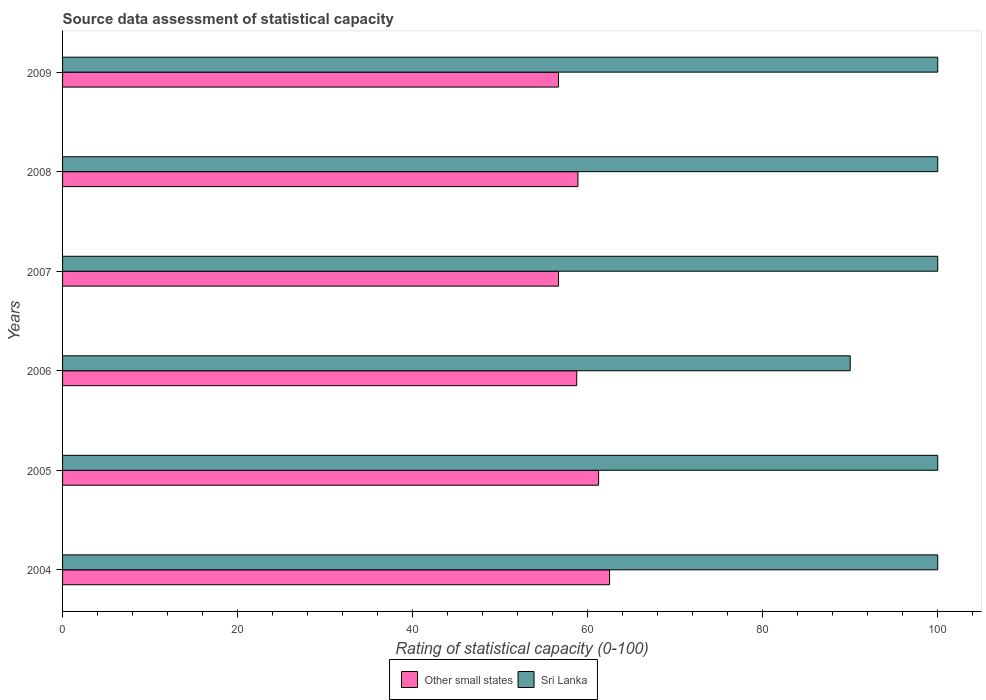
| Years | Other small states | Sri Lanka |
 | --- | --- | --- |
 | 2004 | 62.5 | 100 |
 | 2005 | 61.2 | 100 |
 | 2006 | 58.8 | 90 |
 | 2007 | 56.7 | 100 |
 | 2008 | 58.9 | 100 |
 | 2009 | 56.7 | 100 |